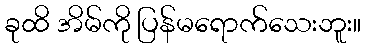
ခုထိ အိမ်ကို ပြန်မရောက်သေးဘူး။